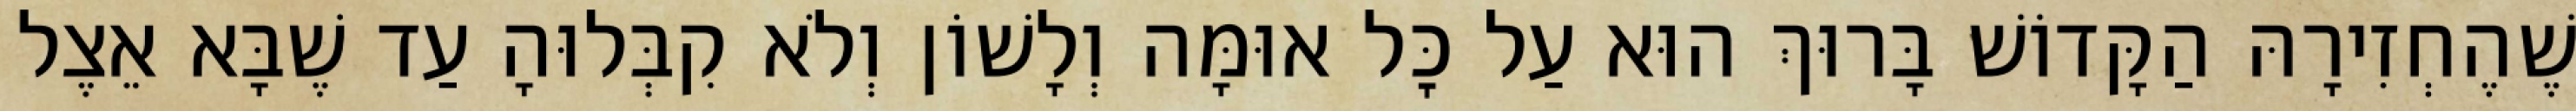
שֶׁהֶחְזִירָהּ הַקָּדוֹשׁ בָּרוּךְ הוּא עַל כׇּל אוּמָּה וְלָשׁוֹן וְלֹא קִבְּלוּהָ עַד שֶׁבָּא אֵצֶל